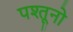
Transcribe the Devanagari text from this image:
पश्तूनो